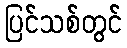
ပြင်သစ်တွင်